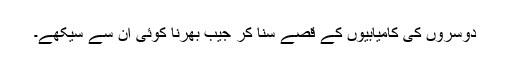
دوسروں کی کامیابیوں کے قصے سنا کر جیب بھرنا کوئی ان سے سیکھے۔